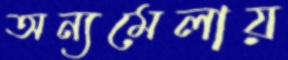
অন্যমেলায়